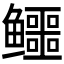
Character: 𱈚